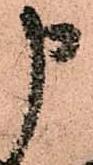
申